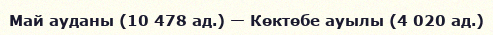
Май ауданы (10 478 ад.) — Көктөбе ауылы (4 020 ад.)